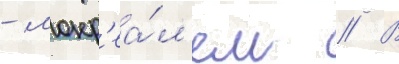
- монр'еа́л'ем // В